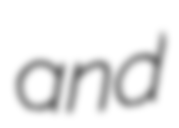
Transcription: and